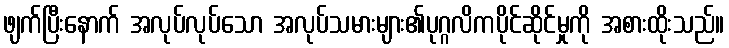
ဖျက်ပြီးနောက် အလုပ်လုပ်သော အလုပ်သမားများ၏ပုဂ္ဂလိကပိုင်ဆိုင်မှုကို အစားထိုးသည်။